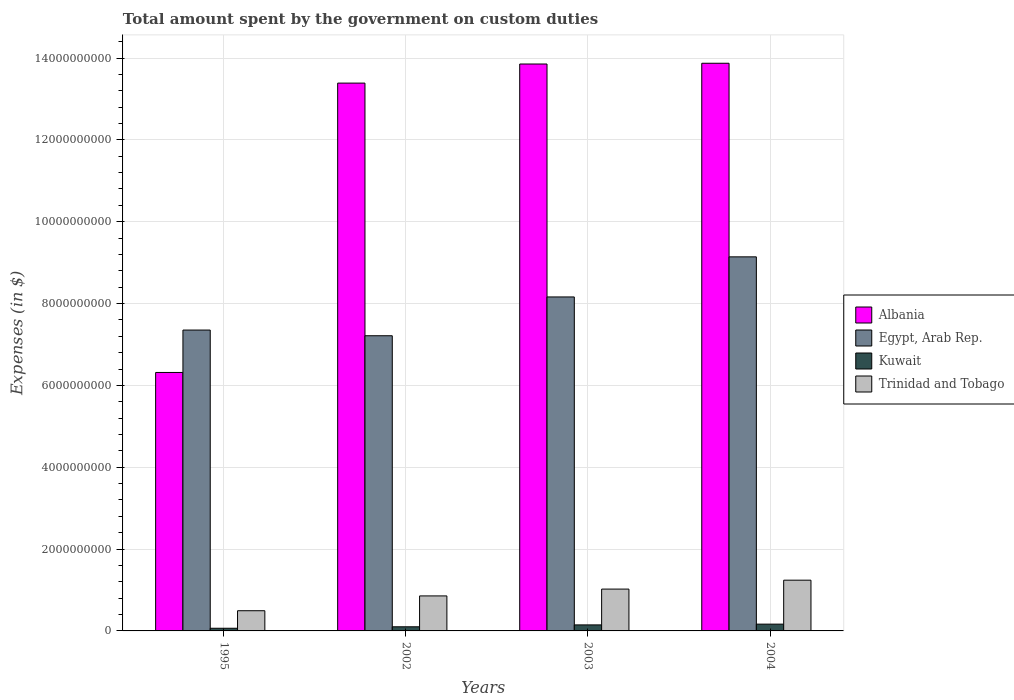
| Years | Albania | Egypt, Arab Rep. | Kuwait | Trinidad and Tobago |
 | --- | --- | --- | --- | --- |
 | 1995 | 6.32e+09 | 7.35e+09 | 6.5e+07 | 4.94e+08 |
 | 2002 | 1.34e+10 | 7.21e+09 | 1.01e+08 | 8.55e+08 |
 | 2003 | 1.39e+10 | 8.16e+09 | 1.47e+08 | 1.02e+09 |
 | 2004 | 1.39e+10 | 9.14e+09 | 1.66e+08 | 1.24e+09 |